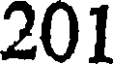
201